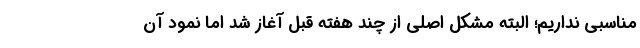
مناسبی نداریم؛ البته مشکل اصلی از چند هفته قبل آغاز شد اما نمود آن